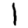
Digit: 1